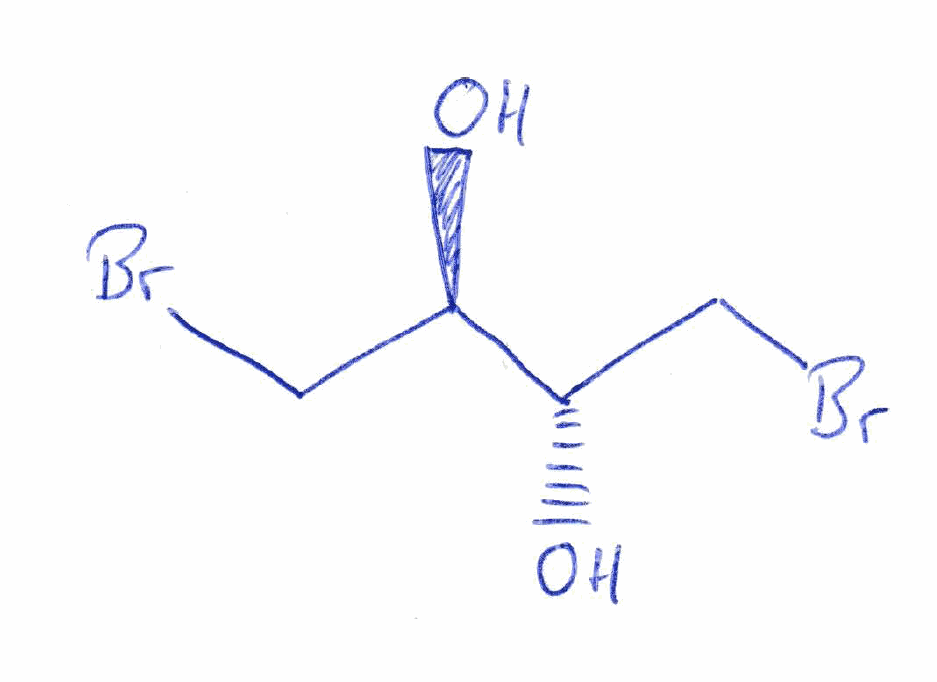
Simplified molecular-input line-entry system (SMILES) notation of the given molecule:
C([C@H]([C@H](CBr)O)O)Br